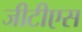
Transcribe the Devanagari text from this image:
जीटीएस